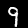
Label: 9